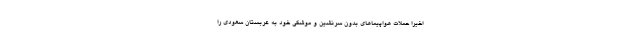
اخیرا حملات هواپیماهای بدون سرنشین و موشکی خود به عربستان سعودی را